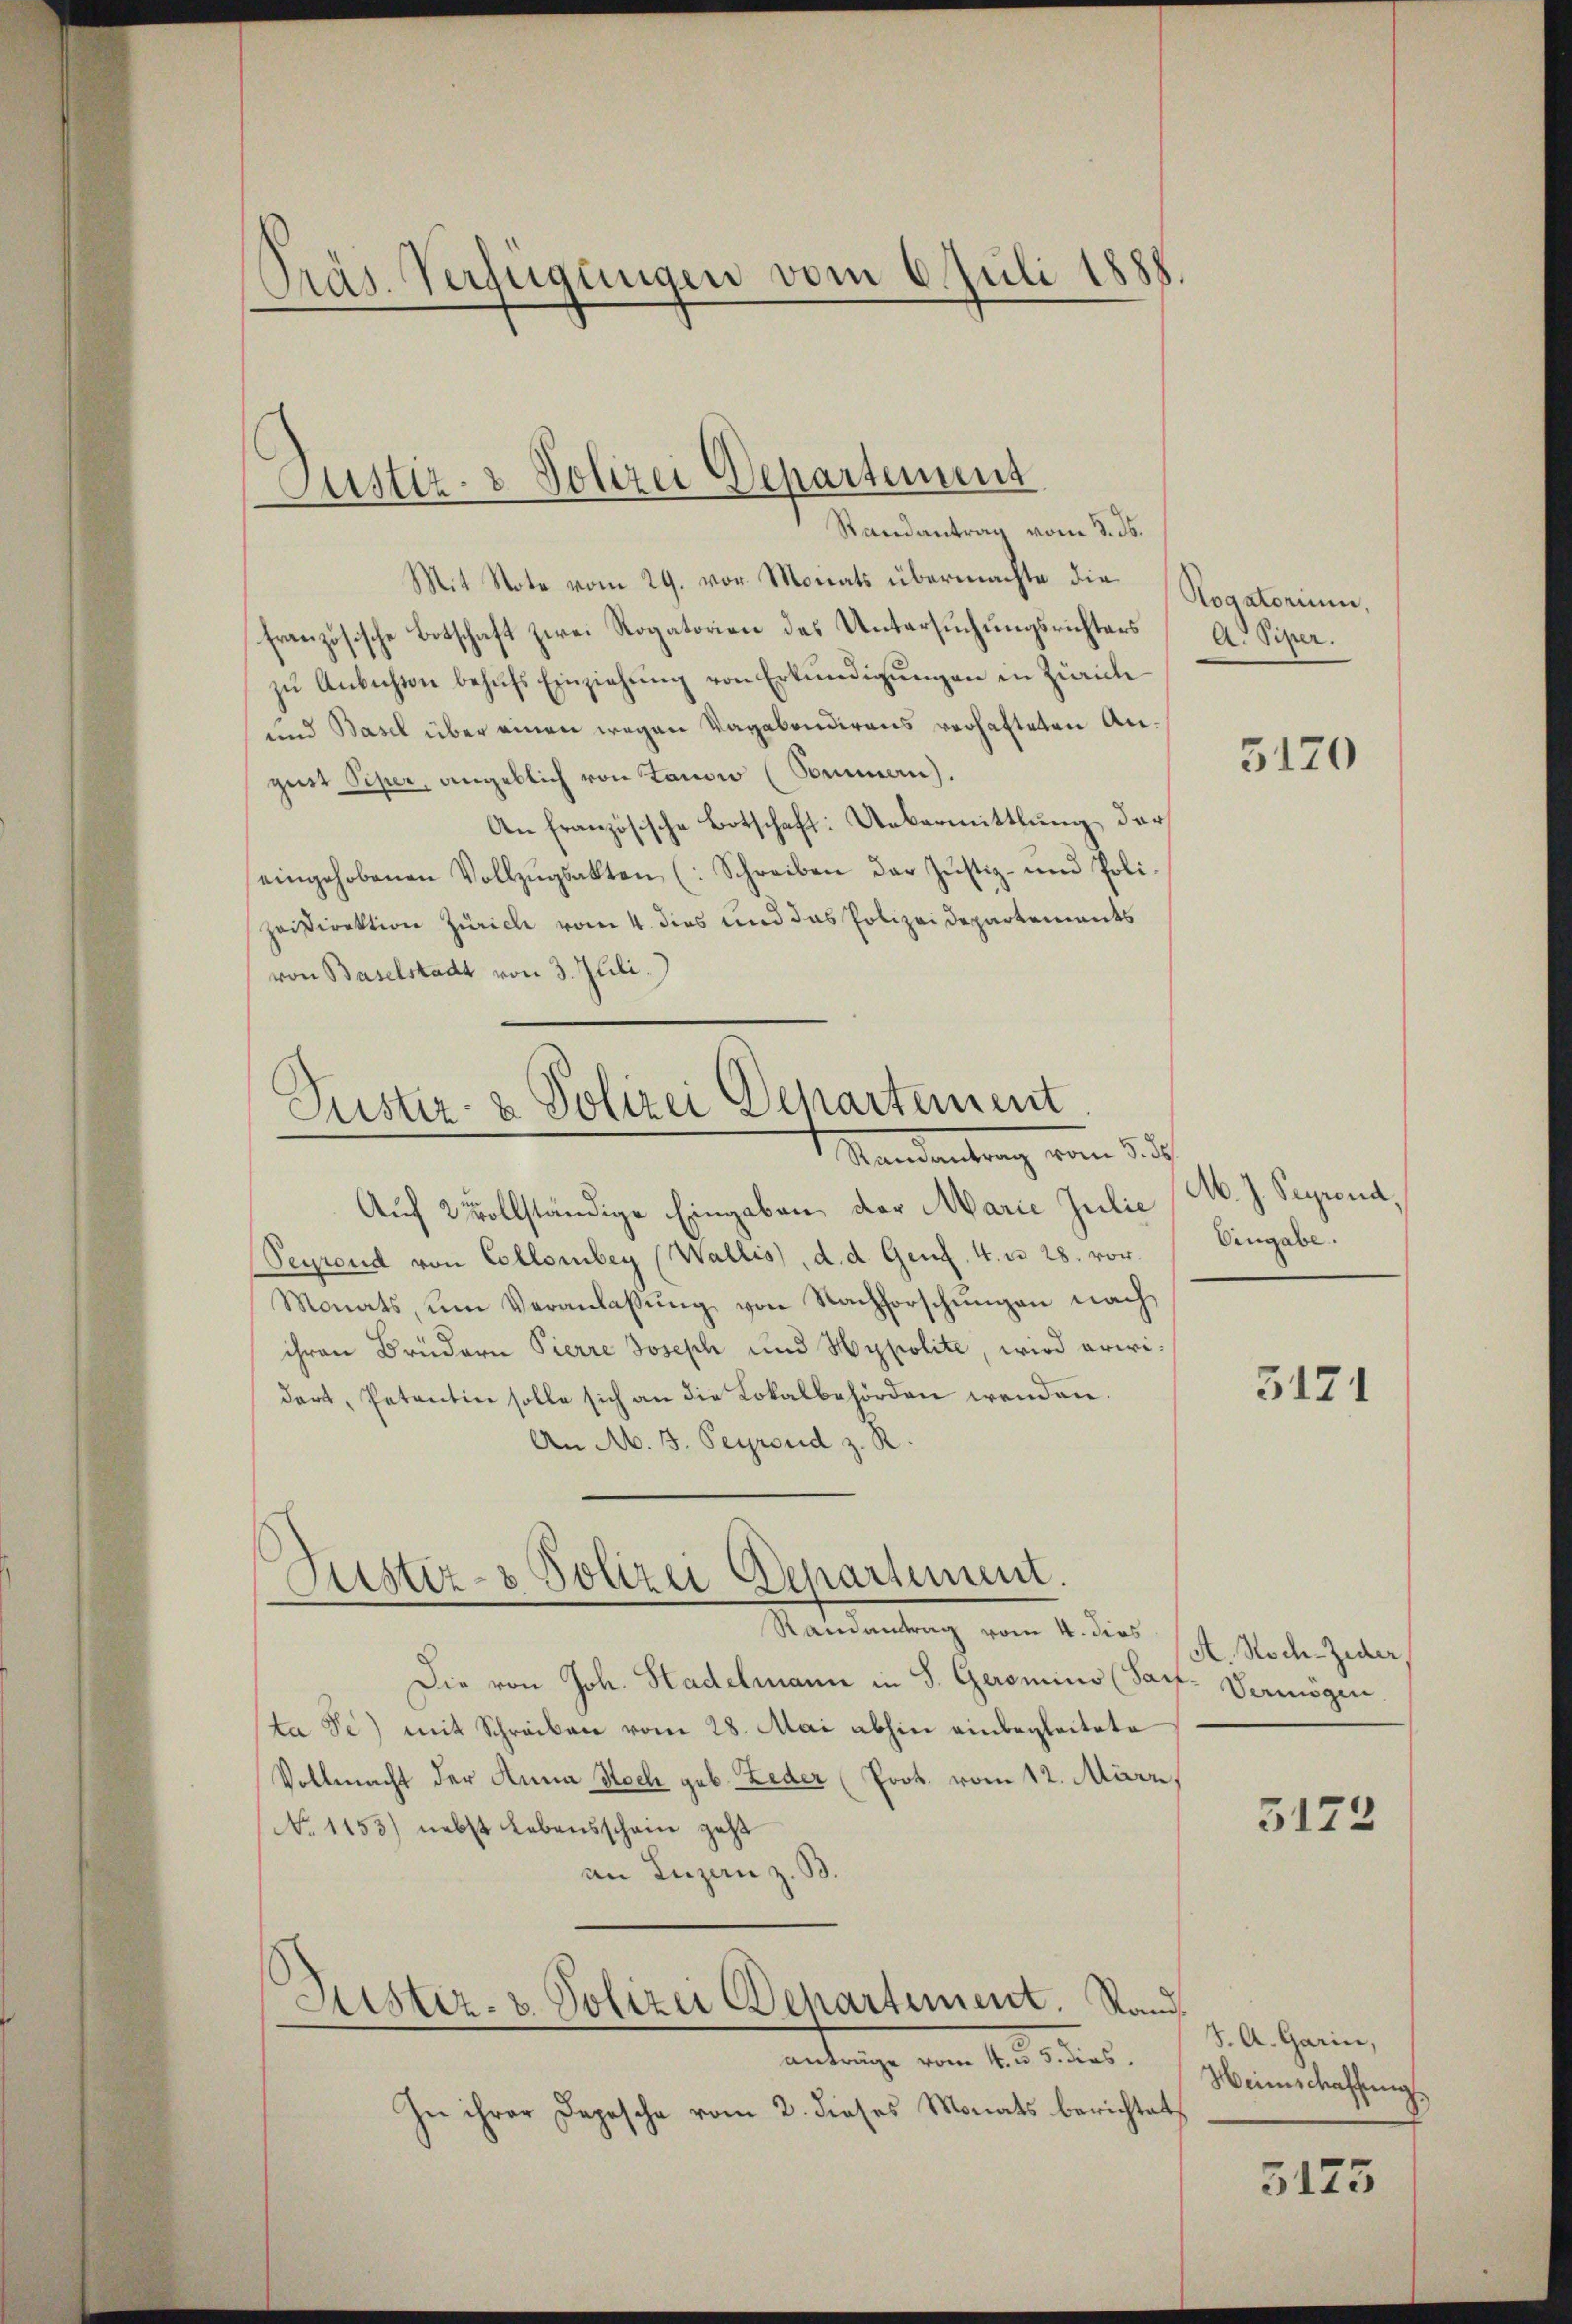
Präs. Verfügungen vom 6. Juli 1888.

Justiz- & Polizei Departement
Randantrag vom 8. ds.

Mit Note vom 29. vor. Monats übermachte die
französische Botschaft zwei Rogatorien des Untersuchungsrichters
zŭ Anbichten behŭfs Einziehŭng von Erkŭndigŭngen in Zürich
und Basel über einen wegen Vagabendirens verhafteten Angust Piper, angeblich von Tanow (Sommen).
An Französische Botschaft: Uebermittlung der
eingehobenen Vollzugsakten (Schreiben der Justiz- und Polizeidirektion Zürich vom 4. dies und das Polizeidepartements
von Baselstadt von 3. Juli.)

Pustiz- & Polizei Departement
Mandantrag von Sich

Justiz- & Polizei Departement.

Justiz- & Polizei Behartement. Stand
anträge vom 4. d. 5. dies

Auf 2 vollständige Eingaben, der Marie Julie
Seyrend von Collombey (Wallis, d. d. Genf. 4. d. 28. vor.
Monats, um Veranlaßung von Nachforschungen nach
ihren Brüdern Pierre Joseph und Hypolite, wird erwidert, Petentin solle sich an die Lokalbehörden wenden.
An M. 3. Peyroud z. R.

Randantrag vom 4. dies
Die von Joh. Stadelmann in S. Geromino (Sac- Vermögen
ta Se) mit Schreiben vom 28. Mai abhin einbegleitete
Vollmacht der Anna Stock geb. Leder (Prot. vom 12. März,
No 1153) nebst Lebensschau geht
an Luzen z. B.

In ihrer Depesche vom 2. dieses Monats berichtet

Rogatorium,
A. Piper.

5120

M. J. Seprend,
Eingabe.

3171

A. Hoch-Zeder,

5122

S. A. Garin,
Weinschaffung.

5175